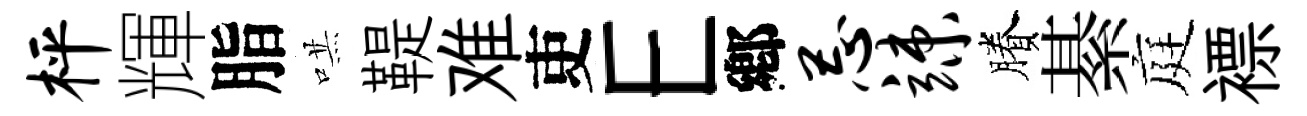
枰輝脂哄鞮难吏E鄕忌竦賸綦庭褾